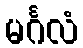
မင်္ဂလံ